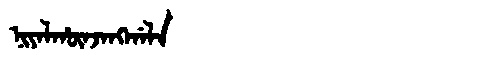
Manchu: ᠨᡳᠶᠠᠯᡥᡡᠨᠵᠠᠩᡤᠠᠯᠠ
Romanization: NIYALHŪNJANGGALA